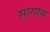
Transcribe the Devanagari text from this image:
सागाव